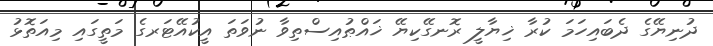
ދުނިޔޭގެ ދެބައިހަމަ ކުރާ ޚިޔާލީ ރޮނގޭކިޔޭ ޚައްޠުއިސްތިވާ ނުވަތަ އީކުއޭޓަރގެ މަތީގައި މިއަތޮޅު